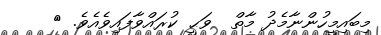
މިބައިމީހުންނާމެދު މާތް  ވަޙީ ކުރައްވާފައިވެއެވެ. {